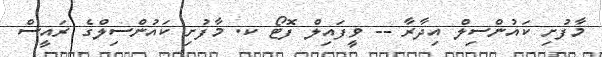
މާފުށި ކައުންސިލް އިދާރާ -- ވީފައިލް ފޮޓޯ ކ. މާފުށި ކައުންސިލްގެ ރައީސް